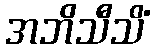
အဘိသီသိံ